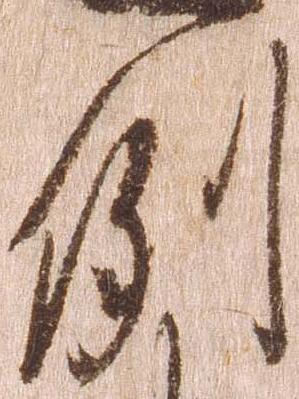
例